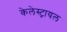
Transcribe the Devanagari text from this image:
केलेस्ट्रायल